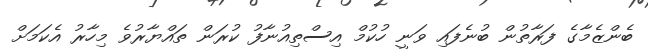
ބެންޒެމާގެ ފަރާތުން ބުނެފައި ވަނީ ހުކުމް އިސްތިއުނާފު ކުރަން ތައްޔާރުވެ މިހާރު އެކަމަށް